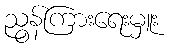
ညွန်ကြားရေးမှူး